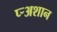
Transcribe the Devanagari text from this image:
प्र्‍अशान